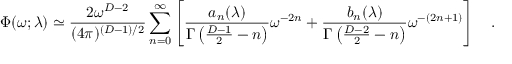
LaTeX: \Phi ( \omega ; \lambda ) \simeq { \frac { 2 \omega ^ { D - 2 } } { ( 4 \pi ) ^ { ( D - 1 ) / 2 } } } \sum _ { n = 0 } ^ { \infty } \left[ { \frac { a _ { n } ( \lambda ) } { \Gamma \left( { \frac { D - 1 } { 2 } } - n \right) } } \omega ^ { - 2 n } + { \frac { b _ { n } ( \lambda ) } { \Gamma \left( { \frac { D - 2 } { 2 } } - n \right) } } \omega ^ { - ( 2 n + 1 ) } \right] ~ ~ ~ .